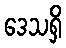
ဒေသရှိ